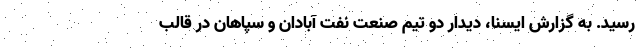
رسید. به گزارش ایسنا، دیدار دو تیم صنعت نفت آبادان و سپاهان در قالب